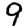
Digit: 9